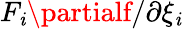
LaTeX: F_{\mathit{i}}{\partialf}/{\partial\xi_{\mathit{i}}}